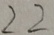
2 2